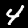
Label: 4